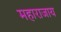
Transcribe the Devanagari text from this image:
महाराजाय